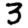
Digit: 3